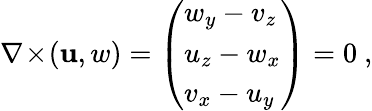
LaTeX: \nabla\! \times\! (\mathbf{u},w)=\left(\begin{array}{l}{w_{y}-v_{z}}\\ {u_{z}-w_{x}}\\ {v_{x}-u_{y}}\end{array}\right)=0\ ,